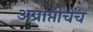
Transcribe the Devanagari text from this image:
अप्राप्तीचेंच